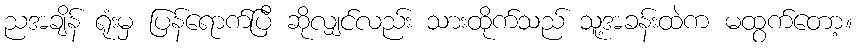
ညအချိန် ရုံးမှ ပြန်ရောက်ပြီ ဆိုလျှင်လည်း သားထိုက်သည် သူ့အခန်းထဲက မထွက်တော့။